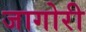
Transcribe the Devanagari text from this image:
जागोरी